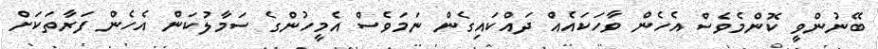
ބޭނުންވީ ކޮންމެވެސް އެހެން ވާހަކައެއް ދައްކައިގެން ނަމަވެސް އެމީހުންގެ ސަމާލުކަން އެހެން ފަރާތަކަށް